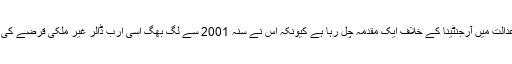
نیو یارک کی ایک وفاقی عدالت میں آرجنٹینا کے خلاف ایک مقدمہ چل رہا ہے کیونکہ اس نے سنہ 2001 سے لگ بھگ اسّی ارب ڈالر غیر ملکی قرضے کی ادائیگی بند کر رکھی ہے۔